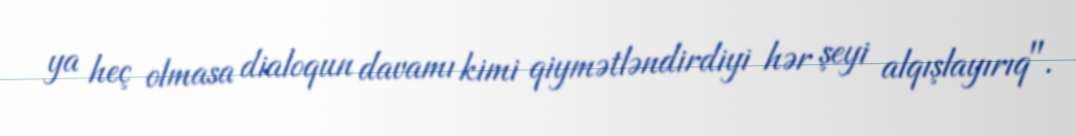
ya heç olmasa dialoqun davamı kimi qiymətləndirdiyi hər şeyi alqışlayırıq".